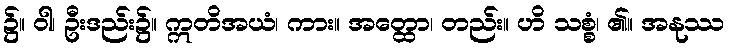
၌။ ဝါ၊ ဦးဒည်း၌။ ဣတိအယံ၊ ကား။ အတ္ထော၊ တည်း။ ဟိ သစ္စံ၊ ၏။ အနုဿ